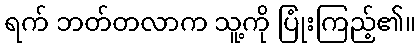
ရက် ဘတ်တလာက သူ့ကို ပြုံးကြည့်၏။